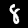
Digit: 8